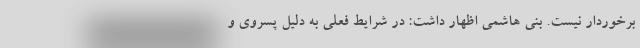
برخوردار نیست. بنی هاشمی اظهار داشت: در شرایط فعلی به دلیل پسروی و